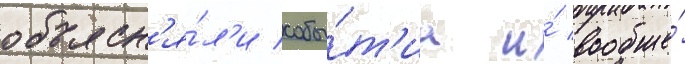
объясн'я́л'и собы́т'иа и́ вообще́